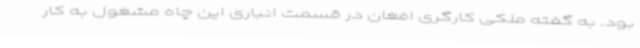
بود. به گفته ملکی کارگری افغان در قسمت انباری این چاه مشغول به کار